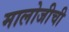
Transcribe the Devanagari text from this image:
मालोजीची